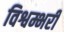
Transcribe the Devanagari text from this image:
विश्वम्भरी